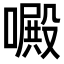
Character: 𠿍